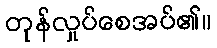
တုန်လှုပ်စေအပ်၏။